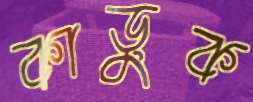
কাড়ুক